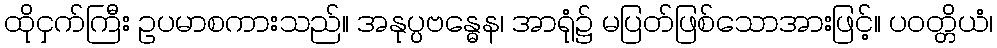
ထိုငှက်ကြီး ဥပမာစကားသည်။ အနုပ္ပဗန္ဓေန၊ အာရုံ၌ မပြတ်ဖြစ်သောအားဖြင့်။ ပဝတ္တိယံ၊